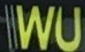
WU